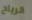
الرياح